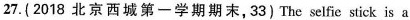
27.(2018 北京西城第一学期期末,33) The selfie stick is a